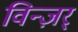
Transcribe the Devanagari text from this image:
विन्ज़र्